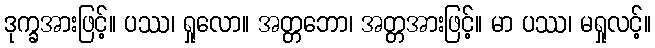
ဒုက္ခအားဖြင့်။ ပဿ၊ ရှုလော။ အတ္တဘော၊ အတ္တအားဖြင့်။ မာ ပဿ၊ မရှုလင့်။